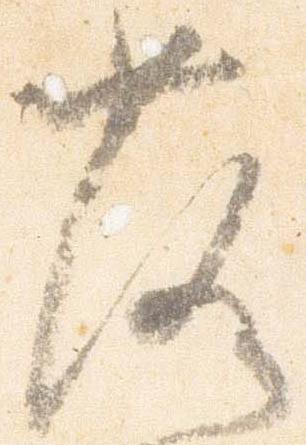
落